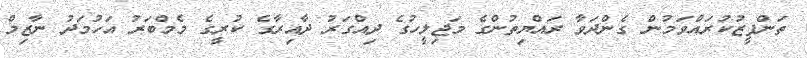
ތަންފީޒުކުރައްވަމުން ގެންދަވާ ރައްޔިތުންގެ މަޖިލީހުގެ ދިއްގަރު ދާއިރާގެ ކުރީގެ މެމްބަރު އަހުމަދު ނާޒިމް